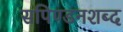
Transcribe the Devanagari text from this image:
सपिण्डनशब्द